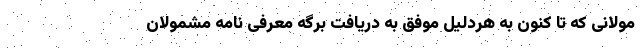
مولانی که تا کنون به هردلیل موفق به دریافت برگه معرفی نامه مشمولان